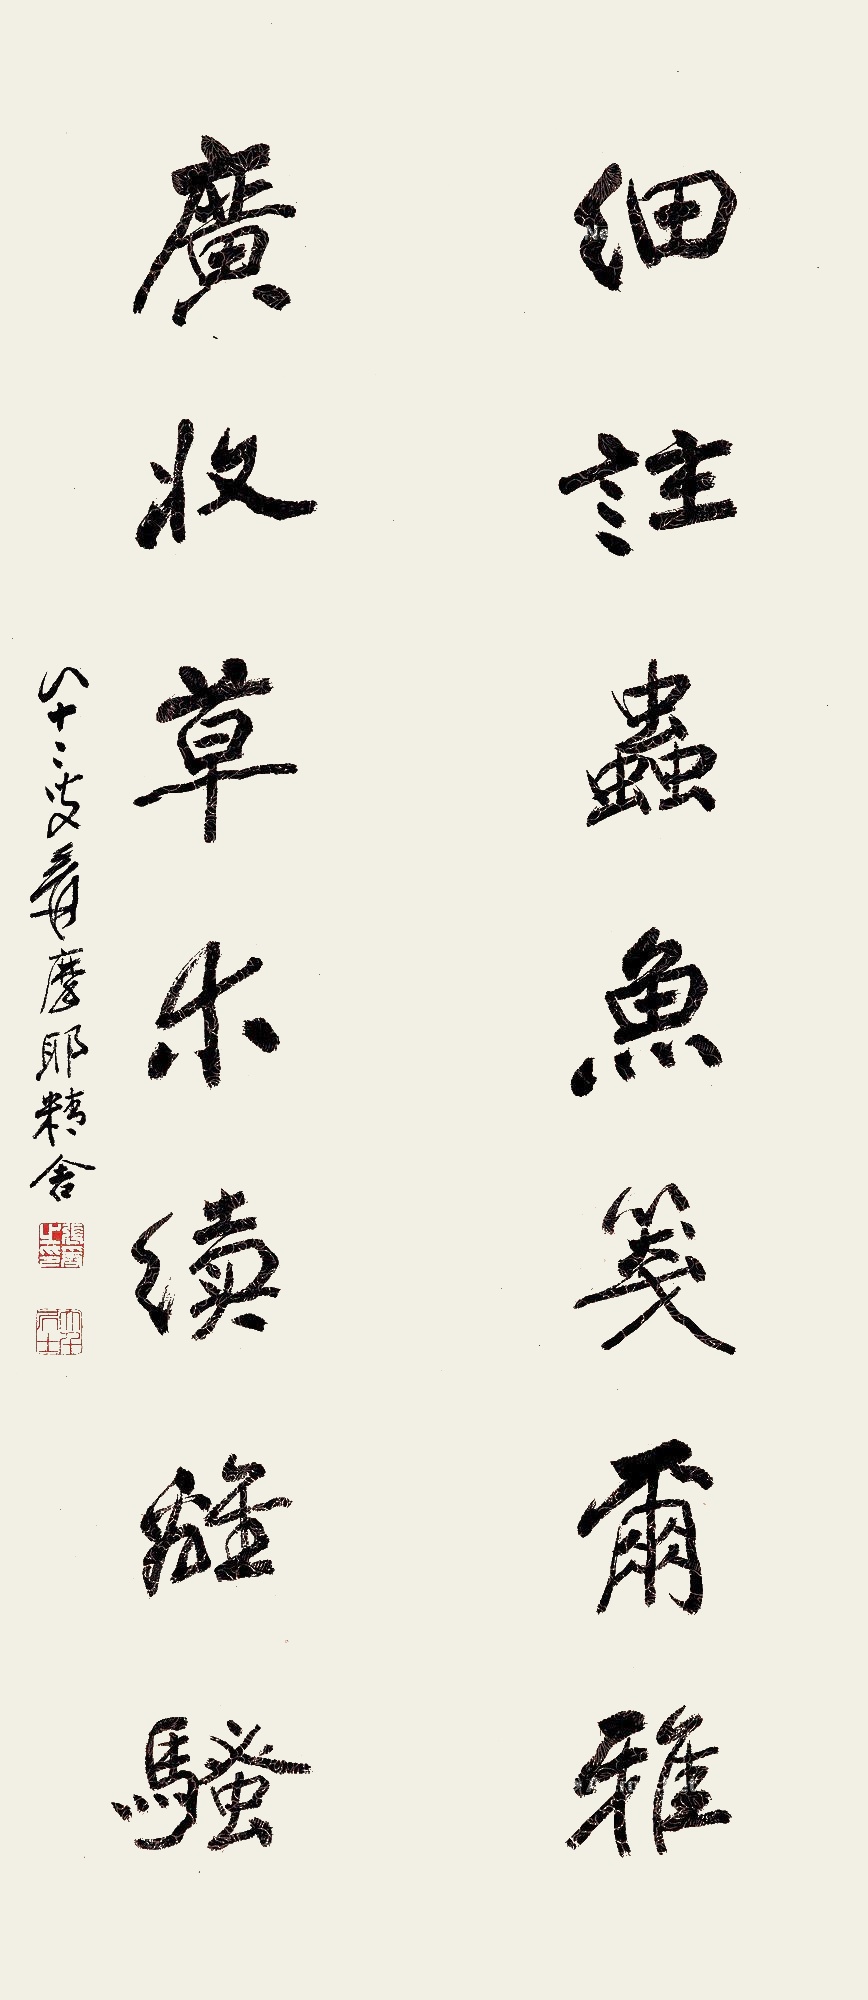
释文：细注虫鱼笺尔雅，广收草木续离骚。八十二叟爰，摩耶精舍。